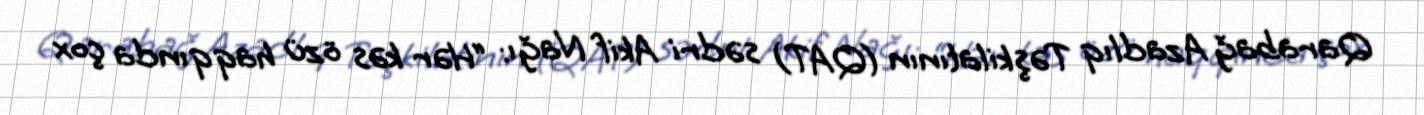
Qarabağ Azadlıq Təşkilatının (QAT) sədri Akif Nağı: “Hər kəs özü haqqında çox